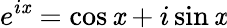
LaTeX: e^{i\mathit{x}}=\cos\mathit{x}+i\sin\mathit{x}